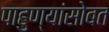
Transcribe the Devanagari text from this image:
पाहुण्यांसोबत